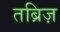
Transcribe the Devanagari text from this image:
तब्रिज़